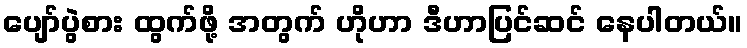
ပျော်ပွဲစား ထွက်ဖို့ အတွက် ဟိုဟာ ဒီဟာပြင်ဆင် နေပါတယ်။